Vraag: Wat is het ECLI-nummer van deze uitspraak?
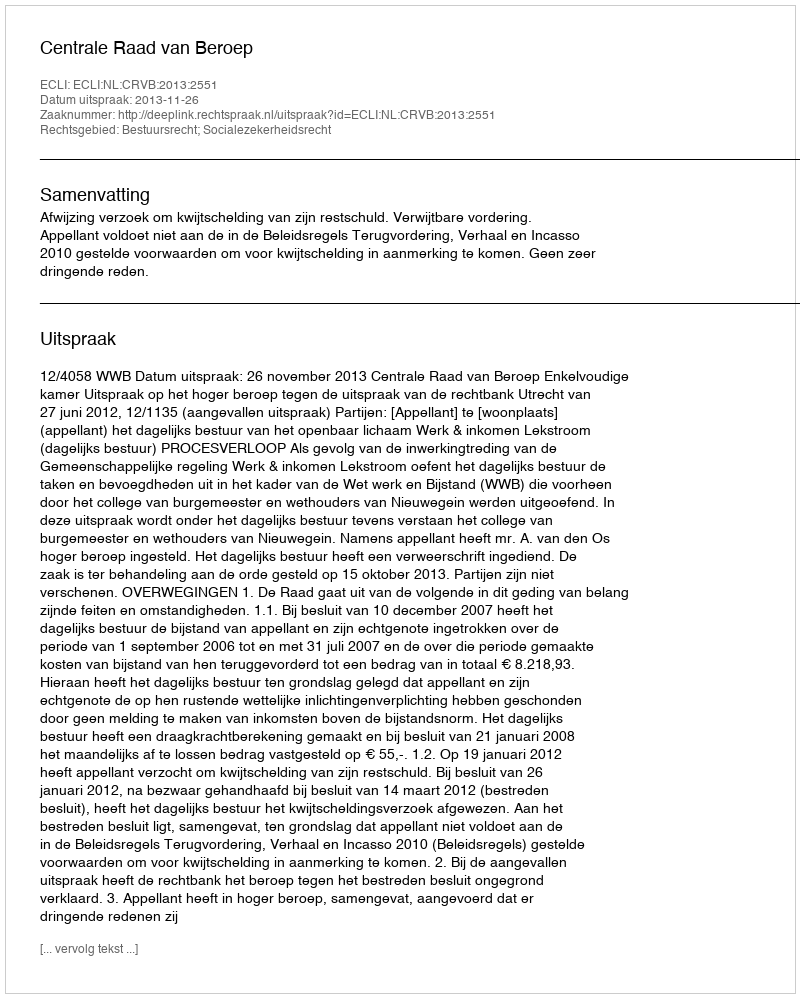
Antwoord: ECLI:NL:CRVB:2013:2551